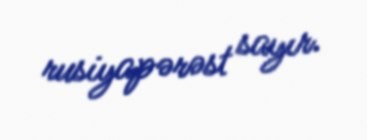
rusiyapərəst sayır.